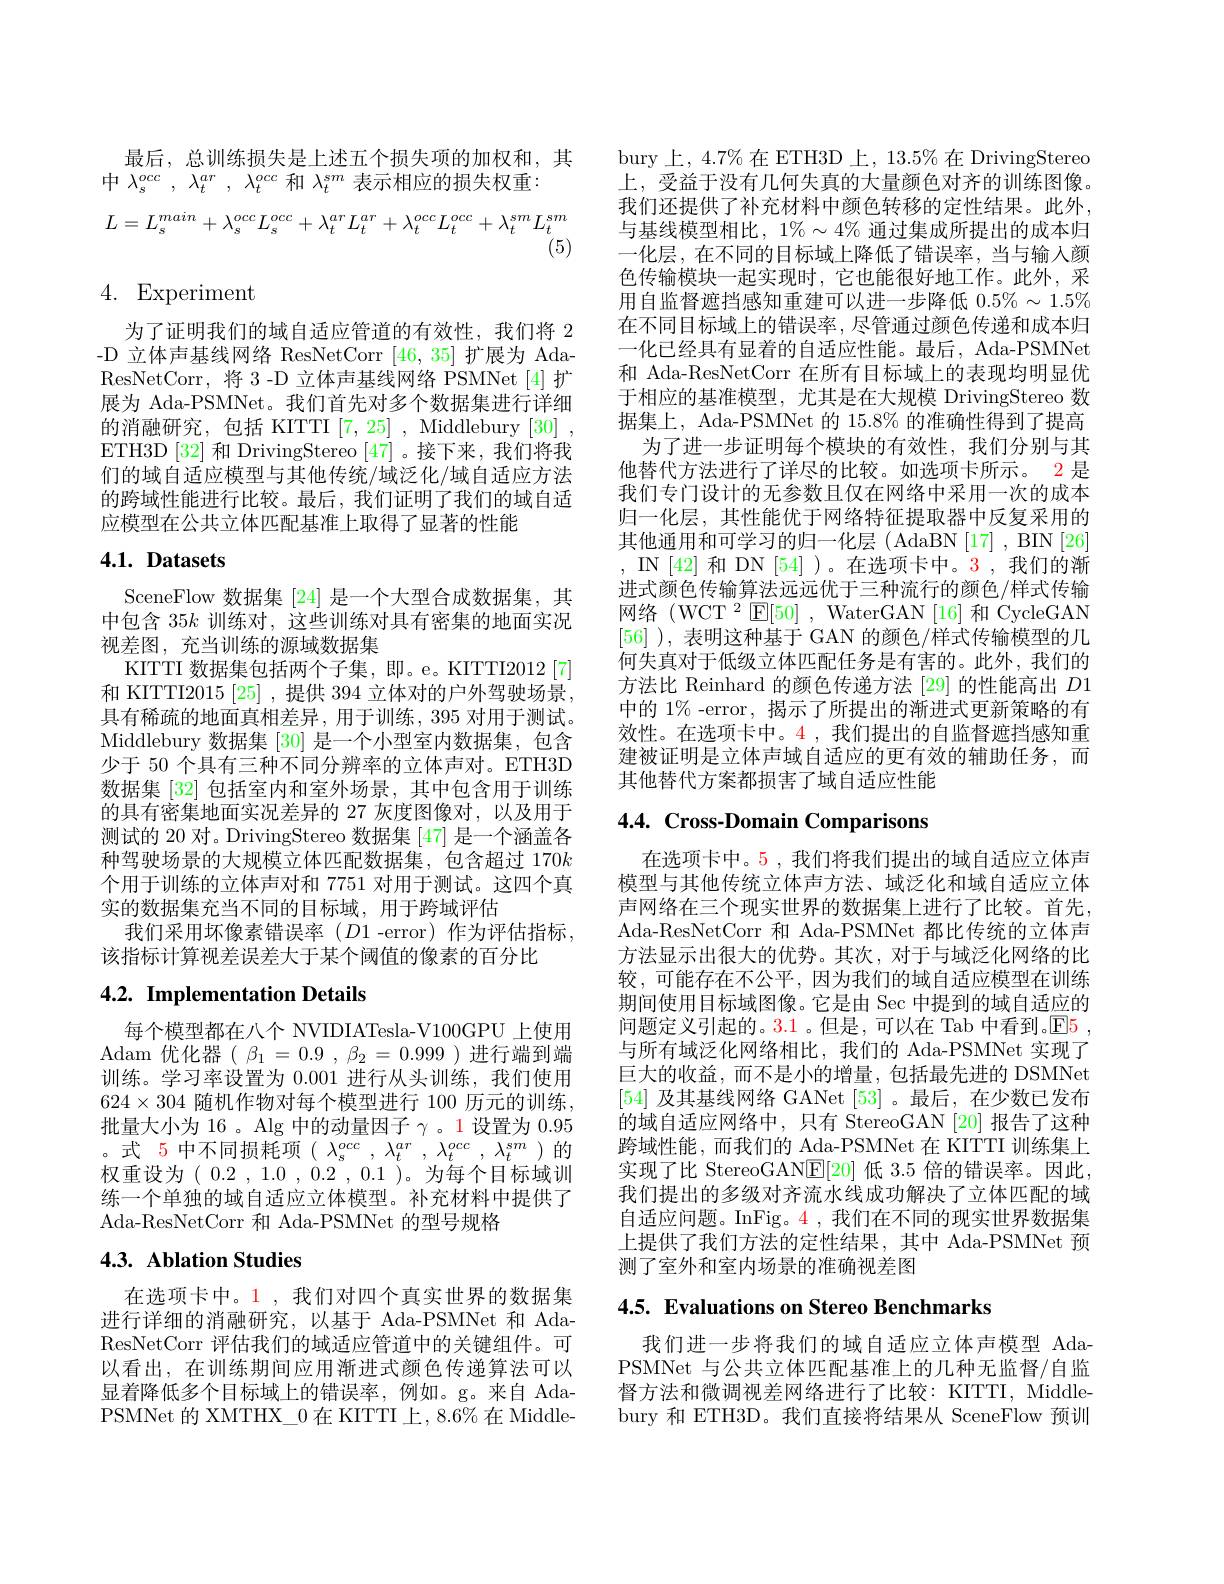
最后，总训练损失是上述五个损失项的加权和，其
中$\lambda_s^{occ},\lambda_t^{ar},\lambda_t^{occ}$ 和$\lambda_t^{sm}$ 表示相应的损失权重：
$$L=L_{s}^{main}+\lambda_{s}^{occ}L_{s}^{occ}+\lambda_{t}^{ar}L_{t}^{ar}+\lambda_{t}^{occ}L_{t}^{occ}+\lambda_{t}^{sm}L_{t}^{sm}$$
(5)

# 4. Experiment

为了证明我们的域自适应管道的有效性，我们将 2 -D 立体声基线网络 ResNetCorr [46,35]扩展为 AdaResNetCorr, 将 3 -D 立体声基线网络 PSMNet[4] 扩展为 Ada-PSMNet。我们首先对多个数据集进行详细的消融研究，包括 KITTI [7,25] , Middlebury [30] , ETH3D [32] 和 DrivingStereo [47] 。接下来，我们将我们的域自适应模型与其他传统/域泛化/域自适应方法的跨域性能进行比较。最后，我们证明了我们的域自适应模型在公共立体匹配基准上取得了显著的性能

# 4.1. Datasets

SceneFlow 数据集 [24] 是一个大型合成数据集，其中包含$35k$训练对，这些训练对具有密集的地面实况视差图，充当训练的源域数据集
KITTI 数据集包括两个子集，即。e。KITTI2012[7] 和 KITTI2015 [25] ,提供 394 立体对的户外驾驶场景， 具有稀疏的地面真相差异，用于训练，395 对用于测试。Middlebury 数据集 [30] 是一个小型室内数据集，包含少于 50 个具有三种不同分辨率的立体声对。ETH3D 数据集 [32] 包括室内和室外场景，其中包含用于训练的具有密集地面实况差异的 27 灰度图像对，以及用于测试的 20 对。DrivingStereo 数据集 [47] 是一个涵盖各种驾驶场景的大规模立体匹配数据集，包含超过 170k 个用于训练的立体声对和 7751 对用于测试。这四个真实的数据集充当不同的目标域，用于跨域评估
我们采用坏像素错误率(D1-error)作为评估指标，
该指标计算视差误差大于某个阈值的像素的百分比

# 4.2. Implementation Details

每个模型都在八个 NVIDIATesla-V100GPU 上使用Adam 优化器( $\beta_1=0.9,\beta_2=0.999$ )进行端到端训练。学习率设置为0.001进行从头训练，我们使用$624\times304$ 随机作物对每个模型进行 100 历元的训练， 批量大小为 16 。Alg 中的动量因子$\gamma$ 。1 设置为0.95 。式 5 中不同损耗项$(\lambda_s^{occ},\lambda_t^{ar},\lambda_t^{occ},\lambda_t^{sm})$的权重设为( 0.2 , 1.0 , 0.2 , 0.1 )。为每个目标域训练一个单独的域自适应立体模型。补充材料中提供了Ada-ResNetCorr 和 Ada-PSMNet 的型号规格

# 4.3. Ablation Studies

在选项卡中。1 ,我们对四个真实世界的数据集进行详细的消融研究，以基于 Ada-PSMNet 和 AdaResNetCorr 评估我们的域适应管道中的关键组件。可以看出，在训练期间应用渐进式颜色传递算法可以显着降低多个目标域上的错误率，例如。g。来自 AdaPSMNet 的 XMTHX\_0 在 KITTI上，8.6%在 Middle-

bury 上，4.7% 在 ETH3D 上，13.5% 在 DrivingStereo 上，受益于没有几何失真的大量颜色对齐的训练图像。我们还提供了补充材料中颜色转移的定性结果。此外， 与基线模型相比$,1\%\sim4\%$ 通过集成所提出的成本归一化层，在不同的目标域上降低了错误率，当与输入颜色传输模块一起实现时，它也能很好地工作。此外，采用自监督遮挡感知重建可以进一步降低$0.5\%\sim1.5\%$ 在不同目标域上的错误率，尽管通过颜色传递和成本归一化已经具有显着的自适应性能。最后，Ada-PSMNet 和 Ada-ResNetCorr 在所有目标域上的表现均明显优于相应的基准模型，尤其是在大规模 DrivingStereo 数据集上，Ada-PSMNet 的 15.8% 的准确性得到了提高
为了进一步证明每个模块的有效性，我们分别与其他替代方法进行了详尽的比较。如选项卡所示。2 是我们专门设计的无参数且仅在网络中采用一次的成本归一化层，其性能优于网络特征提取器中反复采用的其他通用和可学习的归一化层 (AdaBN[17] , BIN[26] , IN [42] 和 DN [54] )。在选项卡中。3 ,我们的渐进式颜色传输算法远远优于三种流行的颜色/样式传输网络(WCT$^2\operatorname{E}[50]$,WaterGAN[16]和CycleGAN [56] ), 表明这种基于 GAN 的颜色/样式传输模型的几何失真对于低级立体匹配任务是有害的。此外，我们的方法比 Reinhard 的颜色传递方法 [29] 的性能高出$D1$ 中的 1%-error, 揭示了所提出的渐进式更新策略的有效性。在选项卡中。4 , 我们提出的自监督遮挡感知重建被证明是立体声域自适应的更有效的辅助任务，而其他替代方案都损害了域自适应性能

# 4.4. Cross-Domain Comparisons

在选项卡中。5 , 我们将我们提出的域自适应立体声模型与其他传统立体声方法、域泛化和域自适应立体声网络在三个现实世界的数据集上进行了比较。首先， Ada-ResNetCorr 和 Ada-PSMNet 都比传统的立体声方法显示出很大的优势。其次，对于与域泛化网络的比较，可能存在不公平，因为我们的域自适应模型在训练期间使用目标域图像。它是由 Sec 中提到的域自适应的问题定义引起的。3.1 。但是，可以在 Tab 中看到。E5 , 与所有域泛化网络相比，我们的 Ada-PSMNet 实现了巨大的收益，而不是小的增量，包括最先进的 DSMNet [54]及其基线网络 GANet [53] 。最后，在少数已发布的域自适应网络中，只有 StereoGAN [20] 报告了这种跨域性能，而我们的 Ada-PSMNet 在 KITTI 训练集上实现了比 StereoGAN$\underline{\mathrm{E}}[20]$低 3.5 倍的错误率。因此， 我们提出的多级对齐流水线成功解决了立体匹配的域自适应问题。InFig。4 , 我们在不同的现实世界数据集上提供了我们方法的定性结果，其中 Ada-PSMNet 预测了室外和室内场景的准确视差图

4.5. Evaluations on Stereo Benchmarks

我们进一步将我们的域自适应立体声模型 AdaPSMNet 与公共立体匹配基准上的几种无监督/自监督方法和微调视差网络进行了比较：KITTI, Middlebury 和 ETH3D。我们直接将结果从 SceneFlow 预训